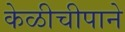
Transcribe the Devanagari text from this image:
केळीचीपाने